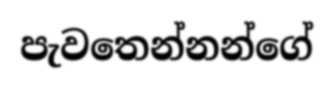
පැවතෙන්නන්ගේ